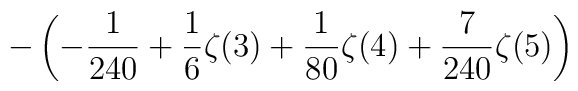
\displaystyle-\left(-\frac{1}{240}+\frac{1}{6}\zeta(3)+\frac{1}{80}\zeta(4)+\frac{7}{240}\zeta(5)\right)